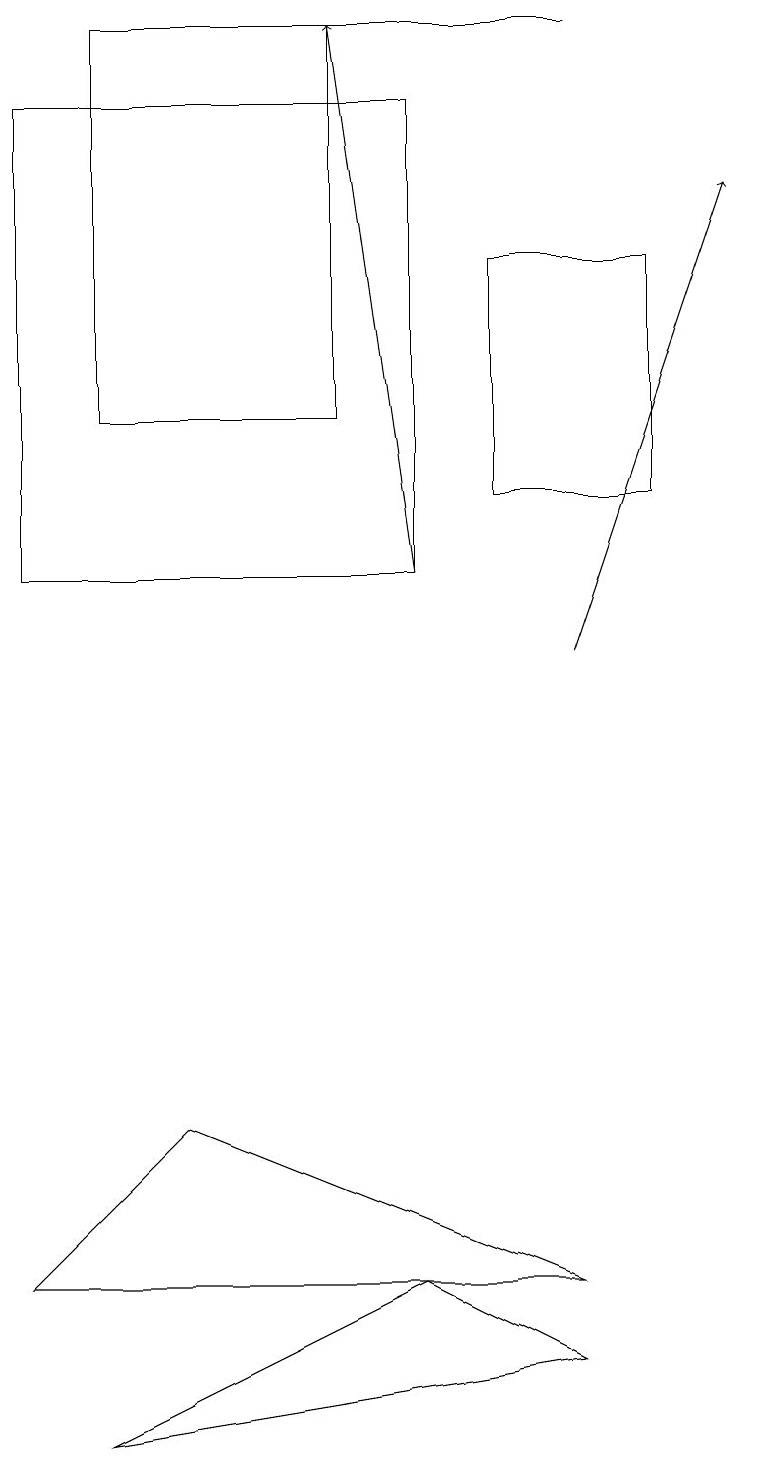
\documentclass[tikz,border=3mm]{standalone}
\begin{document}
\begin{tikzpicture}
\draw (1,14) rectangle (4,19);
\draw (2,5) -- (0,3) -- (7,3) -- cycle;
\draw (6,16) rectangle (8,13);
\draw (1,1) -- (7,2) -- (5,3) -- cycle;
\draw[->] (7,11) -- (9,17);
\draw (7,19) rectangle (3,19);
\draw (5,12) rectangle (0,18);
\draw[->] (5,12) -- (4,19);
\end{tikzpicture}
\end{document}